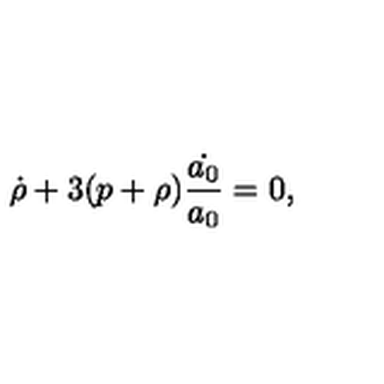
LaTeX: \dot { \rho } + 3 ( p + \rho ) \frac { \dot { a _ { 0 } } } { a _ { 0 } } = 0 ,